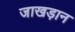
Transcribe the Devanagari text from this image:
जाखड़ान